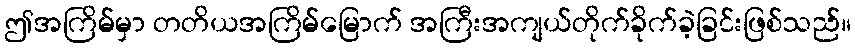
ဤအကြိမ်မှာ တတိယအကြိမ်မြောက် အကြီးအကျယ်တိုက်ခိုက်ခဲ့ခြင်းဖြစ်သည်။